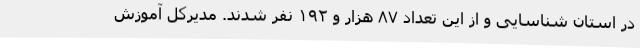
در استان شناسایی و از این تعداد ۸۷ هزار و ۱۹۲ نفر شدند. مدیرکل آموزش